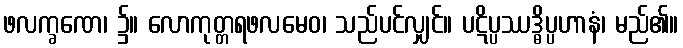
ဖလက္ခဏေ၊ ၌။ လောကုတ္တရဖလမေဝ၊ သည်ပင်လျှင်။ ပဋိပ္ပဿဒ္ဓိပ္ပဟာနံ၊ မည်၏။